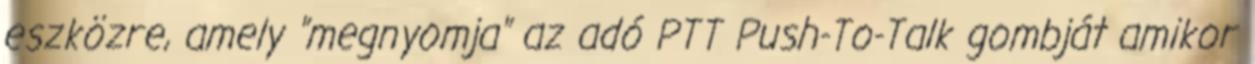
eszközre, amely "megnyomja" az adó PTT Push-To-Talk gombját amikor